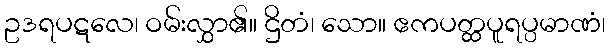
ဥဒရပဋလေ၊ ဝမ်းလွှာ၏။ ဌိတံ၊ သော။ ဧကပတ္ထပူရပ္ပမာဏံ၊